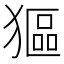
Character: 𤠾